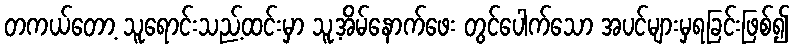
တကယ်တော့ သူရောင်းသည့်ထင်းမှာ သူ့အိမ်နောက်ဖေး တွင်ပေါက်သော အပင်များမှရခြင်းဖြစ်၍